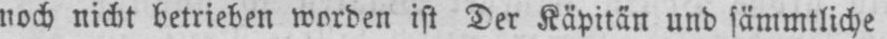
noch nicht betrieben worden ist Der Kapitän und sämmtliche